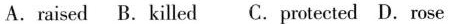
A.raised B.killed C.protected D.rose